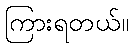
ကြားရတယ်။